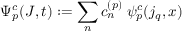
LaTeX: \Psi _ { p } ^ { c } ( J , t ) : = \sum _ { n } c _ { n } ^ { ( p ) } \; \psi _ { p } ^ { c } ( j _ { q } , x )